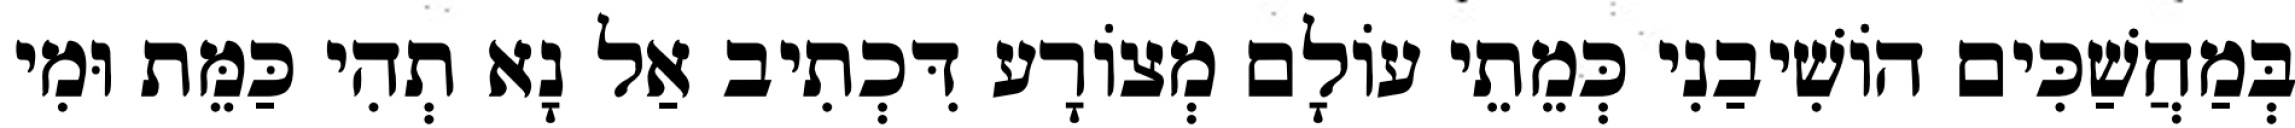
בְּמַחֲשַׁכִּים הוֹשִׁיבַנִי כְּמֵתֵי עוֹלָם מְצוֹרָע דִּכְתִיב אַל נָא תְהִי כַּמֵּת וּמִי